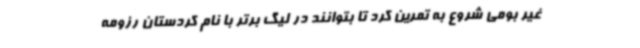
غیر بومی شروع به تمرین کرد تا بتوانند در لیگ برتر با نام کردستان رزومه